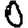
Digit: 0